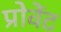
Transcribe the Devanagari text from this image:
प्रोवेंट